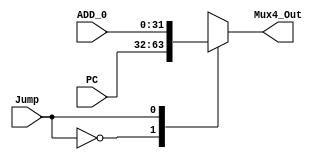
module Mux4 (
	PC, ADD_0,
	Jump, Mux4_Out
);
	input [31:0] PC;
	input [31:0] ADD_0;
	input wire Jump;

	output reg [31:0] Mux4_Out;
	
	always @(PC, ADD_0, Jump) begin
		case (Jump)
			0 : Mux4_Out <= PC;
			1 : Mux4_Out <= ADD_0;
		endcase
	end
endmodule